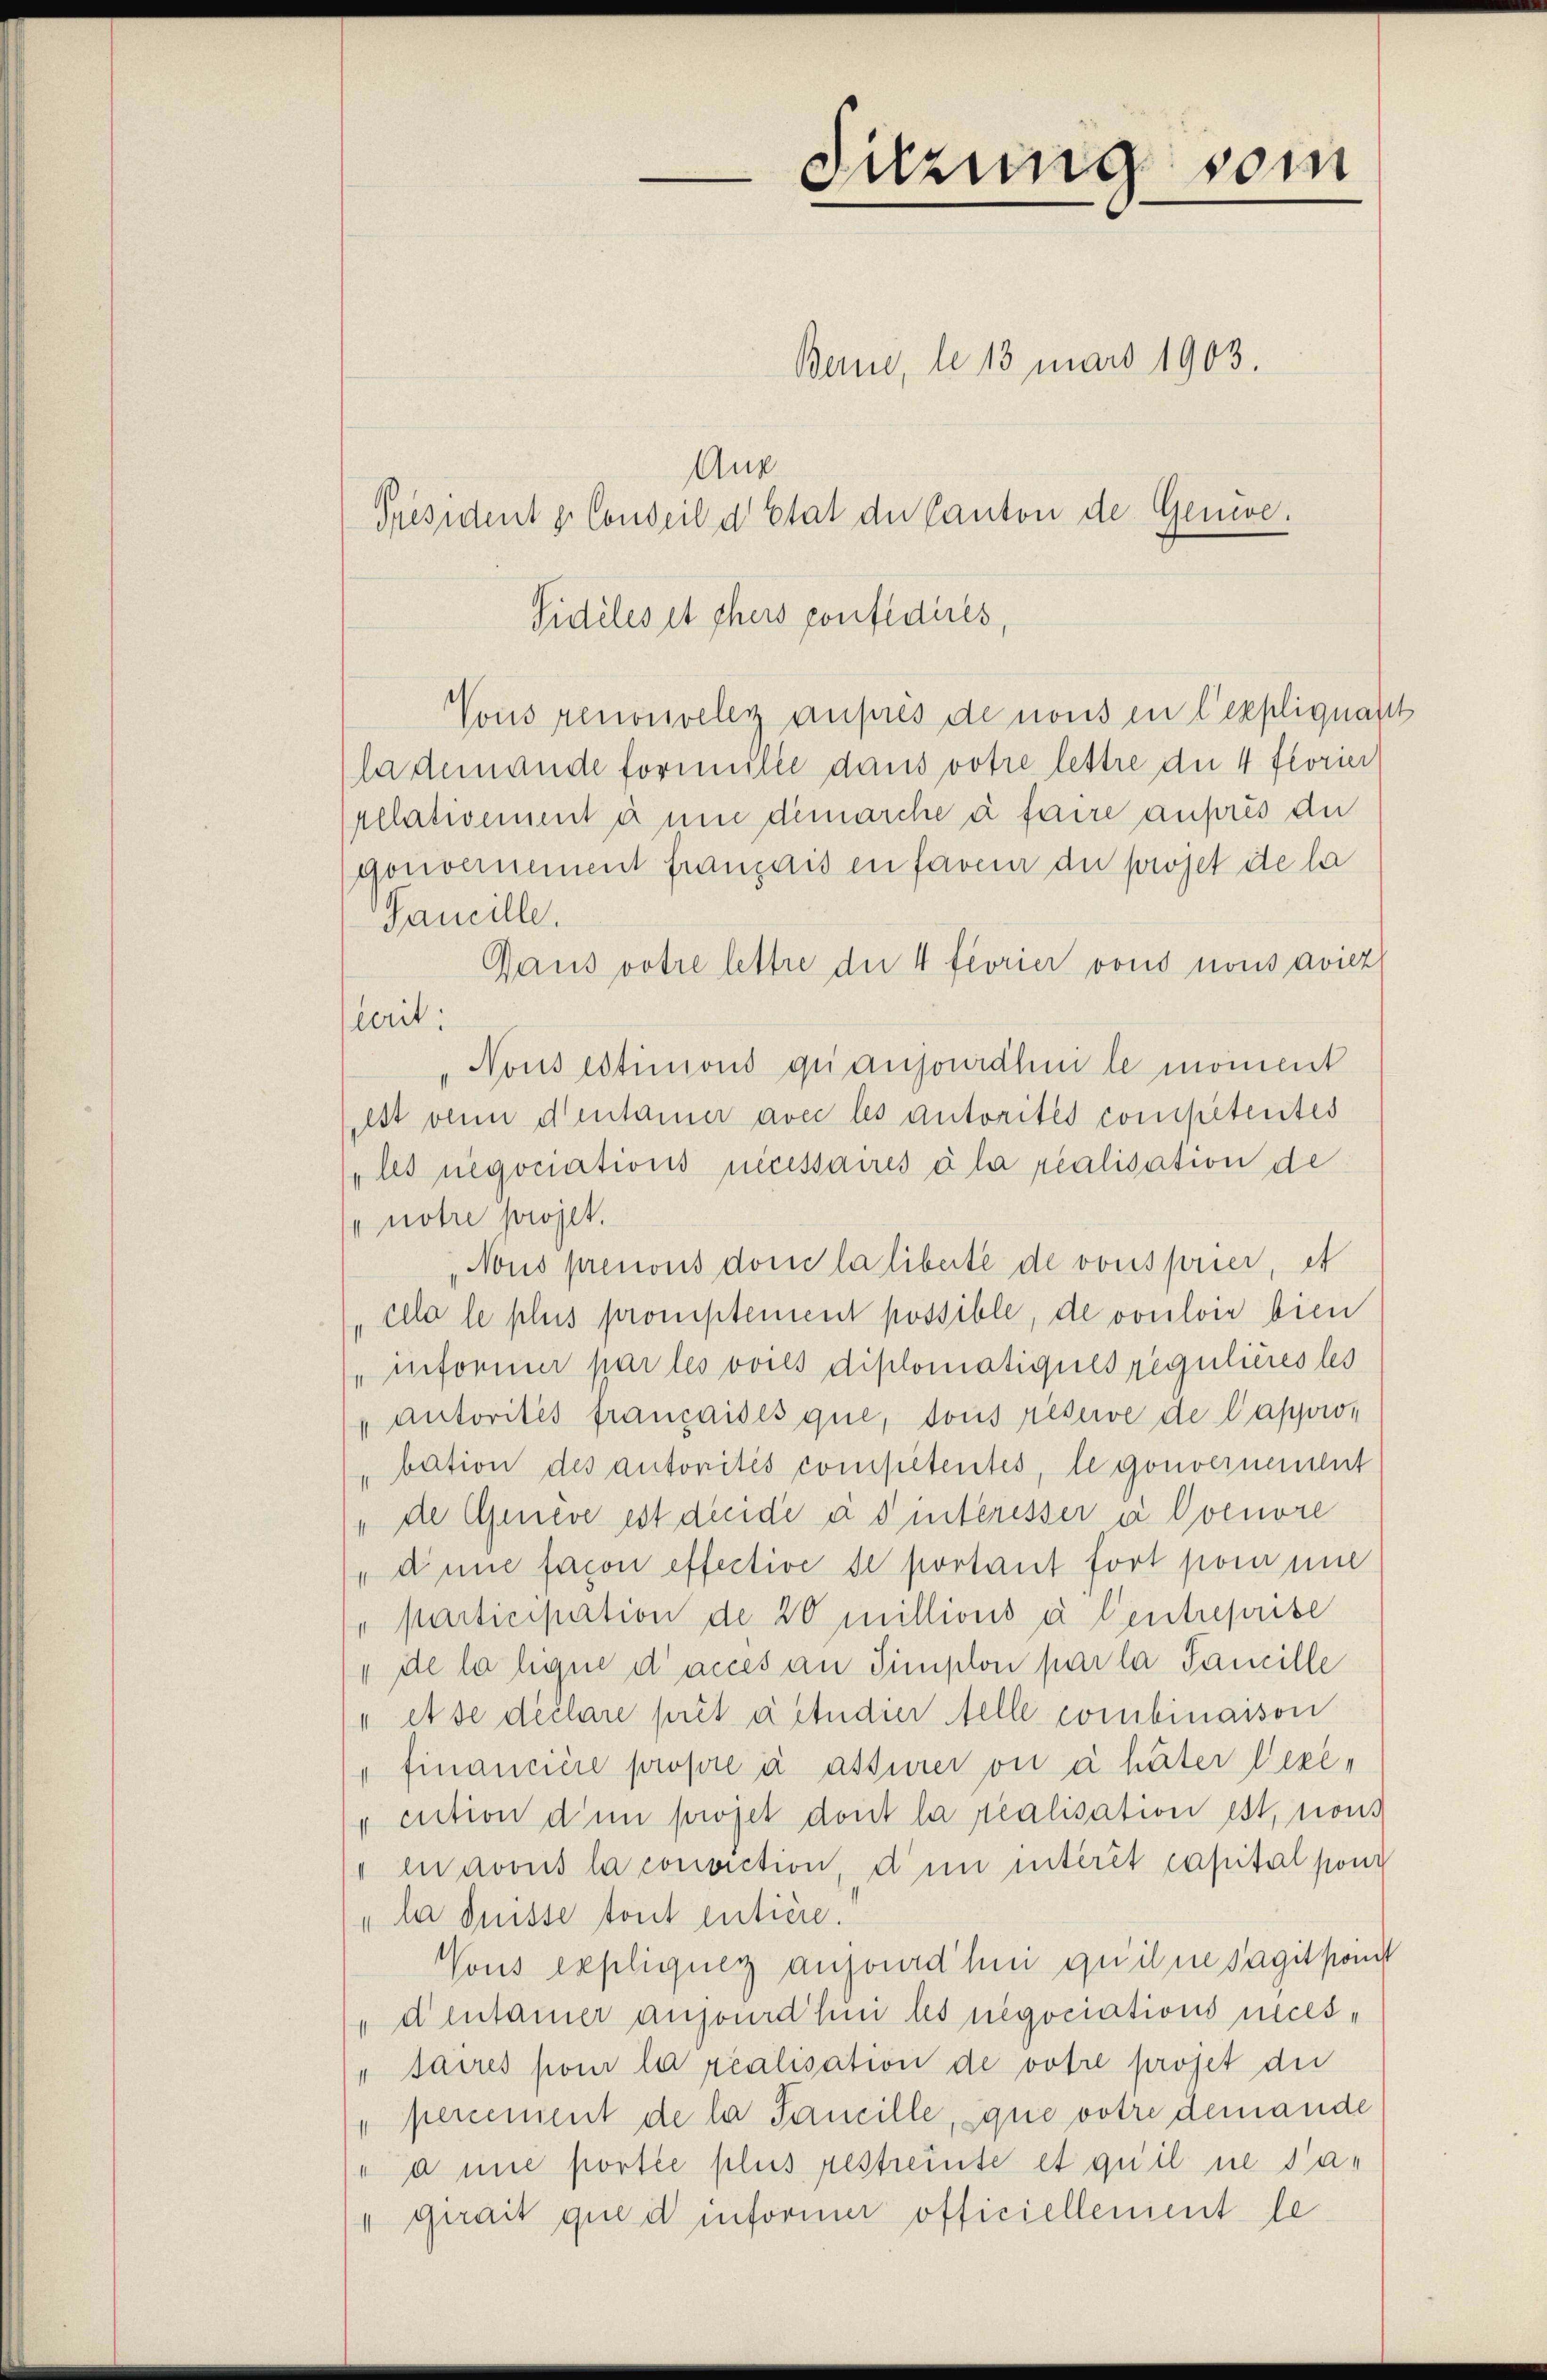
Aug
Fideles et ehers confidires,
Vous renouveley auprès de nous en l’expliquasch
la demande formulie dans votre lettre die 4 florier
pelativement anne demarche à faire aufres die
gouvernement franzais en faveur du projet ite la
Gancille.
Gaus votre lettre die 4 feorier vons nous aviz
cerit.
Nons estimons qui ansonrähni le moment
Ist venn densamer avec les autorités competentes
lls negonations nécessaires à la realisation de
notre projet.
Nous prenons dome la liberté de vonsprier, et
cela le plus promptement possible, de vouloir bien
 informer par les voies diplomatiques regulières les
" autorités françaises que, sous réserve de l’appro¬
"bation des autorités competentes, le gouvernement
" die Geneve est durde ad interesser a. Ovenore
„dinne facon effective de portant fort pour une
" participation de 20 Millions à Centreprise
" de la ligne d’acces an Simplon par la Famille
" et se déclare prêt aetudier telle combinasson
"financiere propre à assurer ou à häter Vere¬
"cution dem projet dont la realisation ist, nons
" in avous la conviction, den interit capital poni
ladnisse tout entière.
Vons expliquer ansourd’hni qu’il ne sagit konnt
dentainer anjourd hin les negociations neces¬
" faires pour la réalisation de votie projet die
" percement de la Sancille, que votre demande
" a nie portée plus restreute et qu’il ne da¬
" girait que d informer officiellement le

Suzung vom

Bern, le 13 mars 1903.

Président z. Conseil d Etat der Canton de Genwe¬